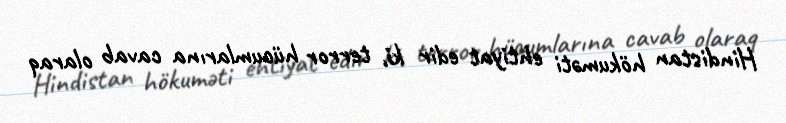
Hindistan hökuməti ehtiyat edir ki, terror hücumlarına cavab olaraq